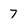
Character: 7